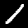
Label: 1